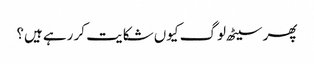
پھر سیٹھ لوگ کیوں شکایت کر رہے ہیں؟